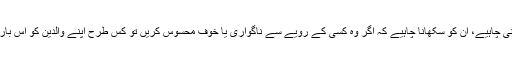
ہمیں ان کے ساتھ گفتگو کرنی چاہیے، ان کو سکھانا چاہیے کہ اگر وہ کسی کے رویے سے ناگواری یا خوف محسوس کریں تو کس طرح اپنے والدین کو اس بارے میں بتائیں وغیرہ وغیرہ۔